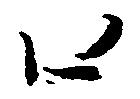
口